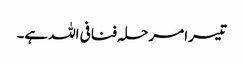
تیسرا مرحلہ فنافی اللہ ہے۔